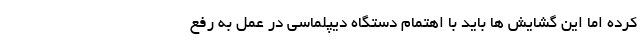
کرده اما این گشایش ها باید با اهتمام دستگاه دیپلماسی در عمل به رفع